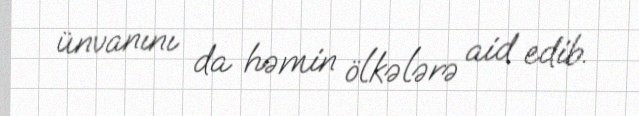
ünvanını da həmin ölkələrə aid edib.